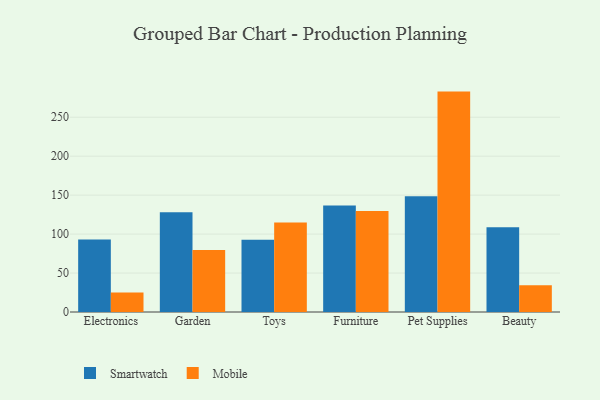
{"axis": {"x": "Category", "y": "Bounce Rate (%)"}, "legend": ["Mobile", "Smartwatch"], "data": [{"x": "Electronics", "y": 93.0, "type": "Smartwatch"}, {"x": "Electronics", "y": 25.0, "type": "Mobile"}, {"x": "Garden", "y": 128.0, "type": "Smartwatch"}, {"x": "Garden", "y": 79.6, "type": "Mobile"}, {"x": "Toys", "y": 92.7, "type": "Smartwatch"}, {"x": "Toys", "y": 114.8, "type": "Mobile"}, {"x": "Furniture", "y": 136.7, "type": "Smartwatch"}, {"x": "Furniture", "y": 129.5, "type": "Mobile"}, {"x": "Pet Supplies", "y": 148.6, "type": "Smartwatch"}, {"x": "Pet Supplies", "y": 282.9, "type": "Mobile"}, {"x": "Beauty", "y": 108.9, "type": "Smartwatch"}, {"x": "Beauty", "y": 34.4, "type": "Mobile"}]}